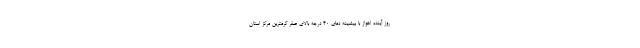
روز آینده اهواز با بیشینه دمای ۴۰ درجه بالای صفر گرمترین مرکز استان